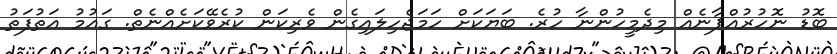
ބޮޑު ނޮހުރުއްޕާނެއް މިދެމީހުންނާ ހުރެ. ބަޔަކަށް ހަމަޖެހިލައިގެން ވެރިކަން ކުރެވޭކަށެއްނެތް. ގައުމު އަތުފަތު